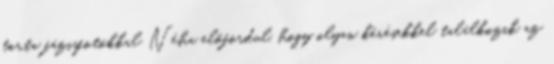
torta fázisfotókkal Néha előfordul, hogy olyan kérésekkel találkozik az